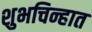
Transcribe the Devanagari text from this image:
शुभचिन्हात